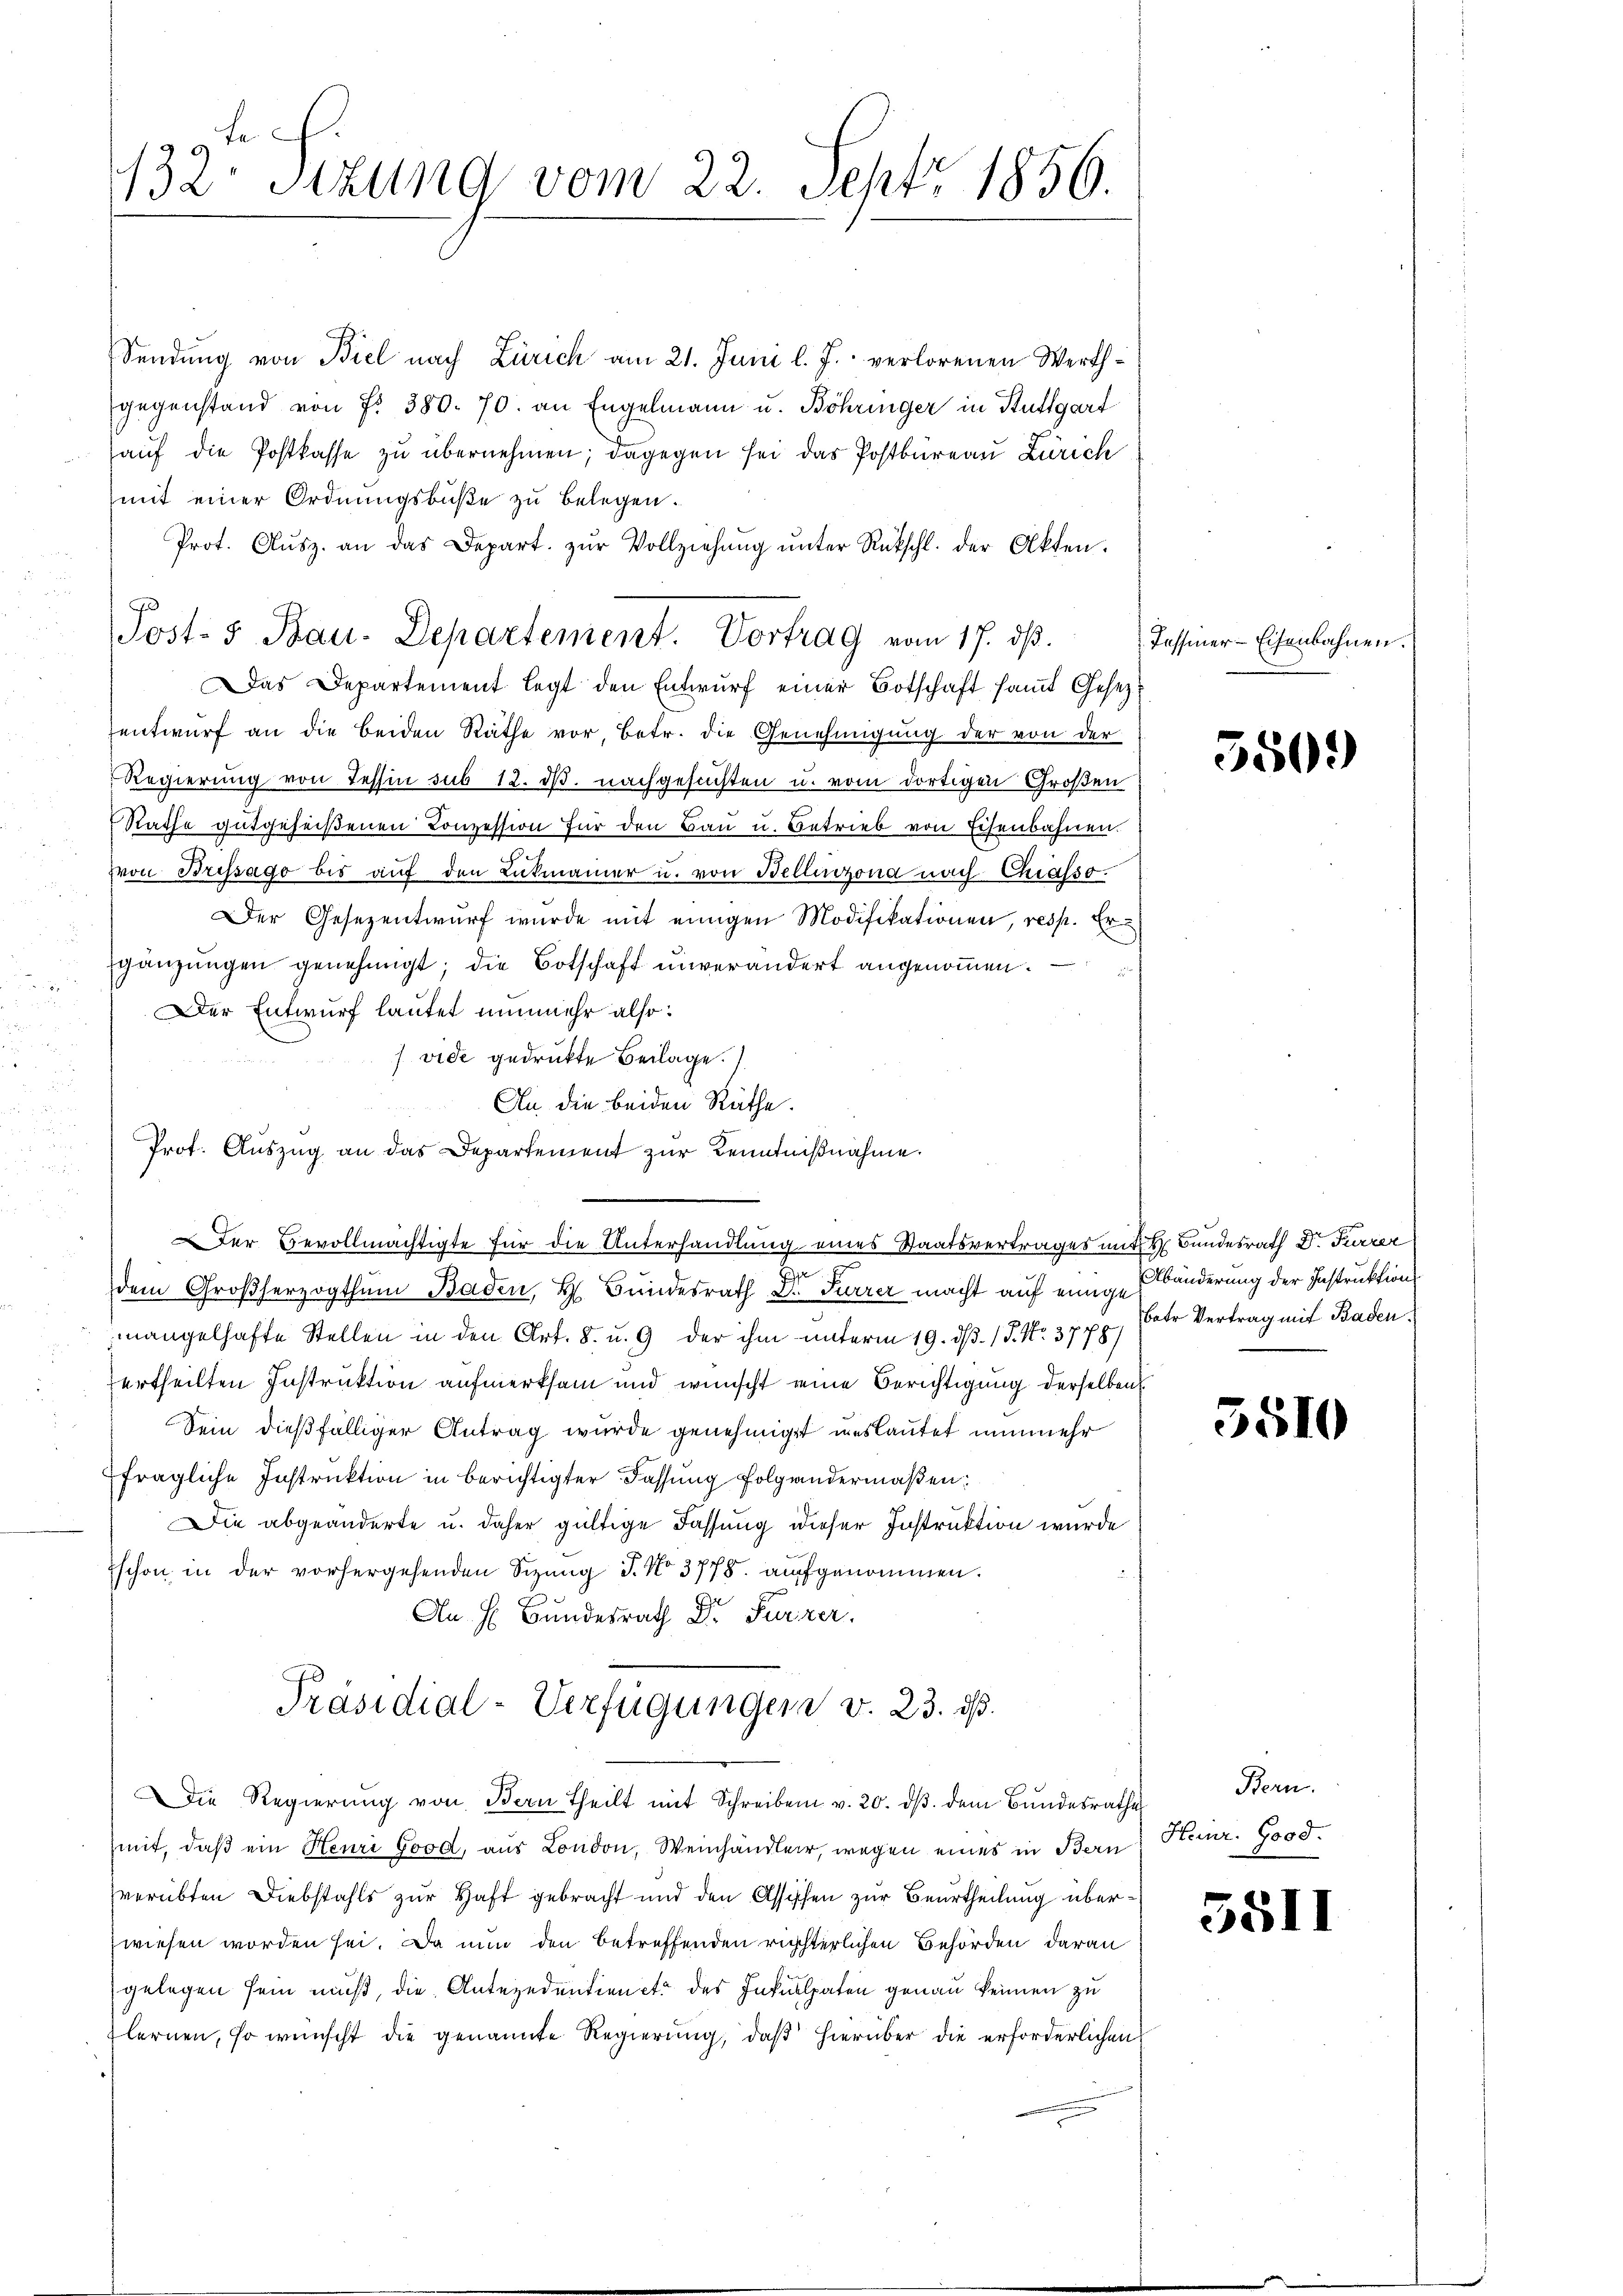
t
132. Sitzung vom 22. Sept. 1856.

Sendung von Biel nach Zürich am 21. Juni l. J. verlorenen Werthgegenstand von f. 380. 70. an Engelmann u. Böhringer in Stuttgart
aŭf die Postkasse zŭ übernehmen; dagegen sei das Postbüreau Zürich
mit einer Ordnungsbuße zu belegen.
Prot. Aŭsz. an das Depart. zŭr Vollziehŭng ŭnter Rückschl. der Akten.
u
g
Das Departement legt den Entwŭrf einer Botschaft saṁt Gesezentwurf an die beiden Räthe vor, betr. die Genehmigung der von der
Regierung von Tessin sub 12. ds. nachgesuchten u. vom dortigen Großen
Rathe gutgeheißenen Konzession für den Bau u. Betrieb von Eisenbahnen.
von Bressago bis aŭf den Lukmanner u. von Bellinzona nach Chiasso.
Der Gesezentwurf wurde mit einigen Modifikationen, resp. Ergänzungen genehmigt; die Botschaft unverändert angenommen.
Der Entwurf lautet nunmehr also:
vide gedruckte Beilage.
An die beiden Räthe.
Prof. Auszug an das Departement zur Kenntnißnahme.
.
dem Großherzogthum Baden, H. Bundesrath Dr. Furrer macht auf einige Bänderung der Instruktion
mangelhafte Stellen in den Art. 8. u. 9 der ihm unterm 19. ds. / 5. No. 37 pp. Pater Vertrag mit Baden
urtheilten Instruktion aufmerksam und wünscht eine Berichtigung derselben
Sein dießfälliger Antrag wurde genehmigt auslautet nunmehr
fragliche Instruktion in berichtigter Fassung folgendermaßen:
Die abgeänderte u. daher gültige Fassung dieser Instruktion wurde
schon in der vorhergehenden Sizung J. No 3778. aufgenommen.
An h. Bundesrath Dr. Fürzer
Präsidial-Verfügungen v. 23. ds.
Die Regierŭng von Bern theilt mit Schreiben v. 20. dβ dem Bundesrathe
mit, daß ein Heuri Good, aus London, Weinhändler, wegen eines in Bern
verübten Diebstahls zur Haft gebracht und den Assischen zur Beurtheilung überzwiesen worden sei. Da nun den betreffenden richterlichen Behörden daran
gelegen sein muß, die Antezedentien etc des Inkulpaten genau keinen zu
lernen, so wünscht die genannte Regierŭng, daβ hierüber die erforderlichen

ost- & Bau-Departement. Vortrag vom 17. ds.

Der Bevollmächtigte für die Unterhandlung eines Staatsvertrages mit Bundesrath Dr. Furrer

Tessiner-Eisenbahnen.

550.

5510

Bern.
Heinr. Good.

5511